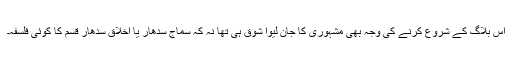
اس بلاگ کے شروع کرنے کی وجہ بھی مشہوری کا جان لیوا شوق ہی تھا نہ کہ سماج سدھار یا اخلاق سدھار قسم کا کوئی فلسفہ۔